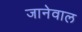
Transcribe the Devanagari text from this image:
जानेवाल